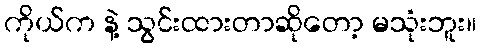
ကိုယ်က နဲ့ သွင်းထားတာဆိုတော့ မသုံးဘူး။